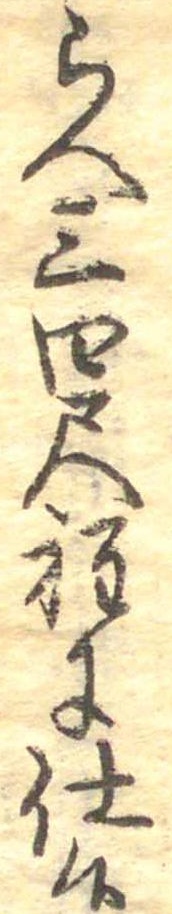
らへ三四尺程に仕候